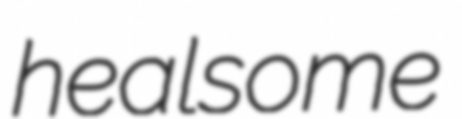
healsome